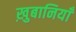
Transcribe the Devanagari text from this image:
ख़ुबानियाँ